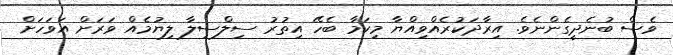
ވެސް ބުނެދީގެންނެވެ. އިރާދަކުރެއްވިއްޔާ މިކަމާ ބެހޭ އިތުރު ސިލްސިލާ ލިޔުމެއް ވަރަށް އަވަހަށް